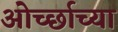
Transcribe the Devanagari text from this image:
ओर्च्छाच्या